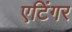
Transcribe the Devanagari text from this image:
एटिंगर